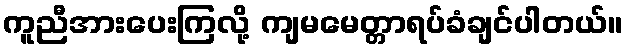
ကူညီအားပေးကြလို့ ကျမမေတ္တာရပ်ခံချင်ပါတယ်။